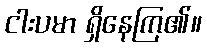
ငါးပမာ ရှိနေကြ၏။